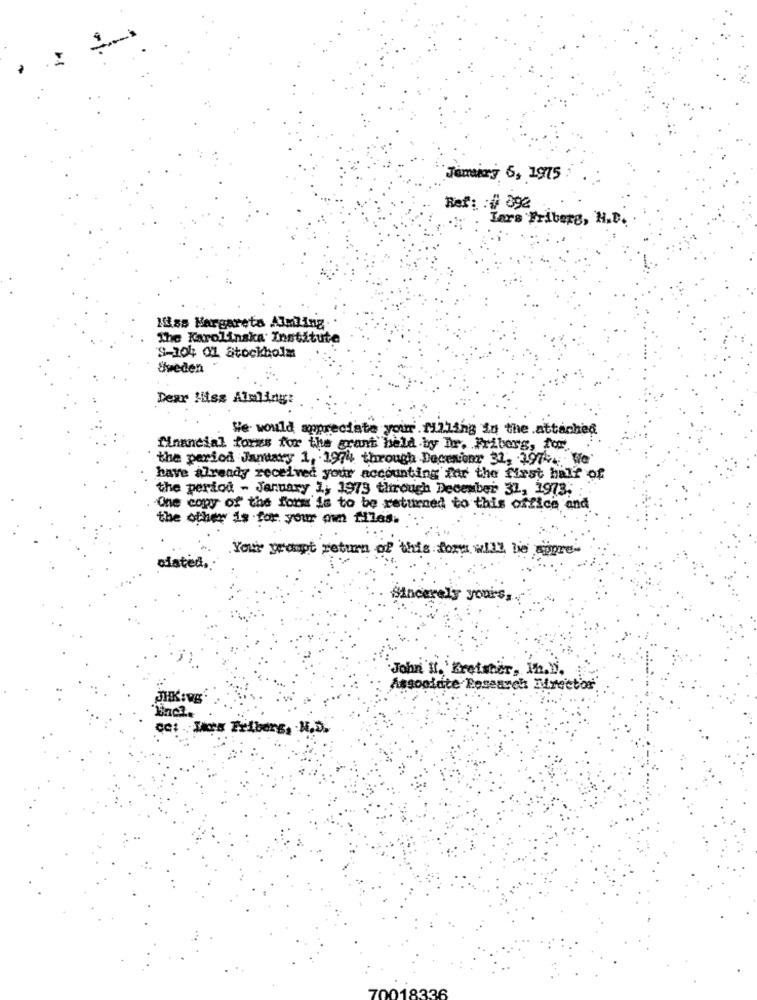
Jemeg 6, 1975
Ref: : # 092
Tars Friberg, H.D.
Hiss Margareta Almling
The Karolinska Institute
'S-104 01 Stockholm
Uveden
Dear Hiss Alsliny:
We would appreciate your.M2ling in the attached
financial forms for the grant held by Dr. Fribers, for
the period January 1, 1974 through Decesionr 31, 1974. We'
have already received your accounting for the first half of
the period - January 1, 1979 through December 31, 1973.
One copy of the form is to be returned to this office and
the other is for your own files.
You're prompt return of this for will be appre-
diated.
Sincerely yours,
John Il. Kreisher, Ih.h.
Associate Research Director
incl.
Wilbers, H.D.
70018336